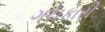
ગચકારી